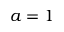
a = 1